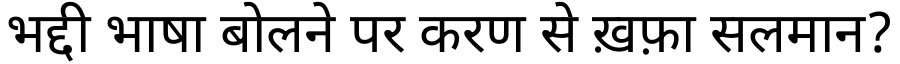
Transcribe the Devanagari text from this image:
भद्दी भाषा बोलने पर करण से ख़फ़ा सलमान?